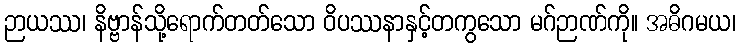
ဉာယဿ၊ နိဗ္ဗာန်သို့ရောက်တတ်သော ဝိပဿနာနှင့်တကွသော မဂ်ဉာဏ်ကို။ အဓိဂမယ၊